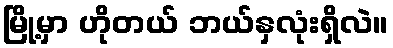
မြို့မှာ ဟိုတယ် ဘယ်နှလုံးရှိလဲ။